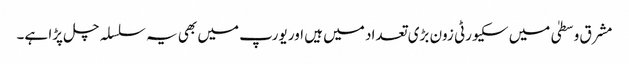
مشرق وسطیٰ میں سکیورٹی زون بڑی تعداد میں ہیں اور یورپ میں بھی یہ سلسلہ چل پڑا ہے۔